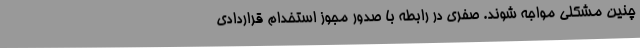
چنین مشکلی مواجه شوند. صفری در رابطه با صدور مجوز استخدام قراردادی